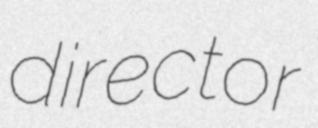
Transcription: director